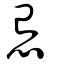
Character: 怠